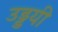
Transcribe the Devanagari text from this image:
उड्डयी